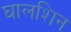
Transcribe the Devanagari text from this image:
घालशिन